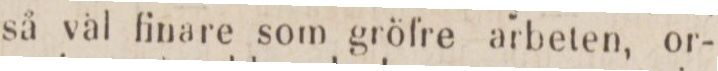
så väl finare som gröfre arbeten, or-